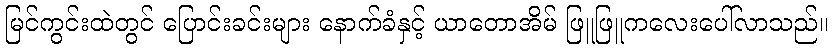
မြင်ကွင်းထဲတွင် ပြောင်းခင်းများ နောက်ခံနှင့် ယာတောအိမ် ဖြူဖြူကလေးပေါ်လာသည်။